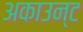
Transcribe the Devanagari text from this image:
अकाउन्ट